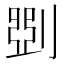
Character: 㓸